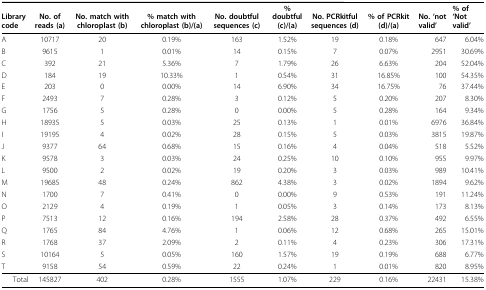
<table><thead><tr><td><b>Library code</b></td><td><b>No. of reads (a)</b></td><td><b>No. match with chloroplast (b)</b></td><td><b>% match with chloroplast (b)/(a)</b></td><td><b>No. doubtful sequences (c)</b></td><td><b>% doubtful (c)/(a)</b></td><td><b>No. PCRkitful sequences (d)</b></td><td><b>% of PCRkit (d)/(a)</b></td><td><b>No. &#x27;not valid&#x27;</b></td><td><b>% of &#x27;Not valid&#x27;</b></td></tr></thead><tbody><tr><td>A</td><td>10717</td><td>20</td><td>0.19%</td><td>163</td><td>1.52%</td><td>19</td><td>0.18%</td><td>647</td><td>6.04%</td></tr><tr><td>B</td><td>9615</td><td>1</td><td>0.01%</td><td>14</td><td>0.15%</td><td>7</td><td>0.07%</td><td>2951</td><td>30.69%</td></tr><tr><td>C</td><td>392</td><td>21</td><td>5.36%</td><td>7</td><td>1.79%</td><td>26</td><td>6.63%</td><td>204</td><td>52.04%</td></tr><tr><td>D</td><td>184</td><td>19</td><td>10.33%</td><td>1</td><td>0.54%</td><td>31</td><td>16.85%</td><td>100</td><td>54.35%</td></tr><tr><td>E</td><td>203</td><td>0</td><td>0.00%</td><td>14</td><td>6.90%</td><td>34</td><td>16.75%</td><td>76</td><td>37.44%</td></tr><tr><td>F</td><td>2493</td><td>7</td><td>0.28%</td><td>3</td><td>0.12%</td><td>5</td><td>0.20%</td><td>207</td><td>8.30%</td></tr><tr><td>G</td><td>1756</td><td>5</td><td>0.28%</td><td>0</td><td>0.00%</td><td>5</td><td>0.28%</td><td>164</td><td>9.34%</td></tr><tr><td>H</td><td>18935</td><td>5</td><td>0.03%</td><td>25</td><td>0.13%</td><td>1</td><td>0.01%</td><td>6976</td><td>36.84%</td></tr><tr><td>I</td><td>19195</td><td>4</td><td>0.02%</td><td>28</td><td>0.15%</td><td>5</td><td>0.03%</td><td>3815</td><td>19.87%</td></tr><tr><td>J</td><td>9377</td><td>64</td><td>0.68%</td><td>15</td><td>0.16%</td><td>4</td><td>0.04%</td><td>518</td><td>5.52%</td></tr><tr><td>K</td><td>9578</td><td>3</td><td>0.03%</td><td>24</td><td>0.25%</td><td>10</td><td>0.10%</td><td>955</td><td>9.97%</td></tr><tr><td>L</td><td>9500</td><td>2</td><td>0.02%</td><td>19</td><td>0.20%</td><td>3</td><td>0.03%</td><td>989</td><td>10.41%</td></tr><tr><td>M</td><td>19685</td><td>48</td><td>0.24%</td><td>862</td><td>4.38%</td><td>3</td><td>0.02%</td><td>1894</td><td>9.62%</td></tr><tr><td>N</td><td>1700</td><td>7</td><td>0.41%</td><td>0</td><td>0.00%</td><td>9</td><td>0.53%</td><td>191</td><td>11.24%</td></tr><tr><td>O</td><td>2129</td><td>4</td><td>0.19%</td><td>1</td><td>0.05%</td><td>3</td><td>0.14%</td><td>173</td><td>8.13%</td></tr><tr><td>P</td><td>7513</td><td>12</td><td>0.16%</td><td>194</td><td>2.58%</td><td>28</td><td>0.37%</td><td>492</td><td>6.55%</td></tr><tr><td>Q</td><td>1765</td><td>84</td><td>4.76%</td><td>1</td><td>0.06%</td><td>12</td><td>0.68%</td><td>265</td><td>15.01%</td></tr><tr><td>R</td><td>1768</td><td>37</td><td>2.09%</td><td>2</td><td>0.11%</td><td>4</td><td>0.23%</td><td>306</td><td>17.31%</td></tr><tr><td>S</td><td>10164</td><td>5</td><td>0.05%</td><td>160</td><td>1.57%</td><td>19</td><td>0.19%</td><td>688</td><td>6.77%</td></tr><tr><td>T</td><td>9158</td><td>54</td><td>0.59%</td><td>22</td><td>0.24%</td><td>1</td><td>0.01%</td><td>820</td><td>8.95%</td></tr><tr><td>Total</td><td>145827</td><td>402</td><td>0.28%</td><td>1555</td><td>1.07%</td><td>229</td><td>0.16%</td><td>22431</td><td>15.38%</td></tr></tbody></table>